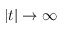
| t | \rightarrow \infty